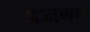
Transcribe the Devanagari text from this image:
अजाणच